38_143685_box7_Incident_Summaries_1-100
Agency: Department of War
Page 17
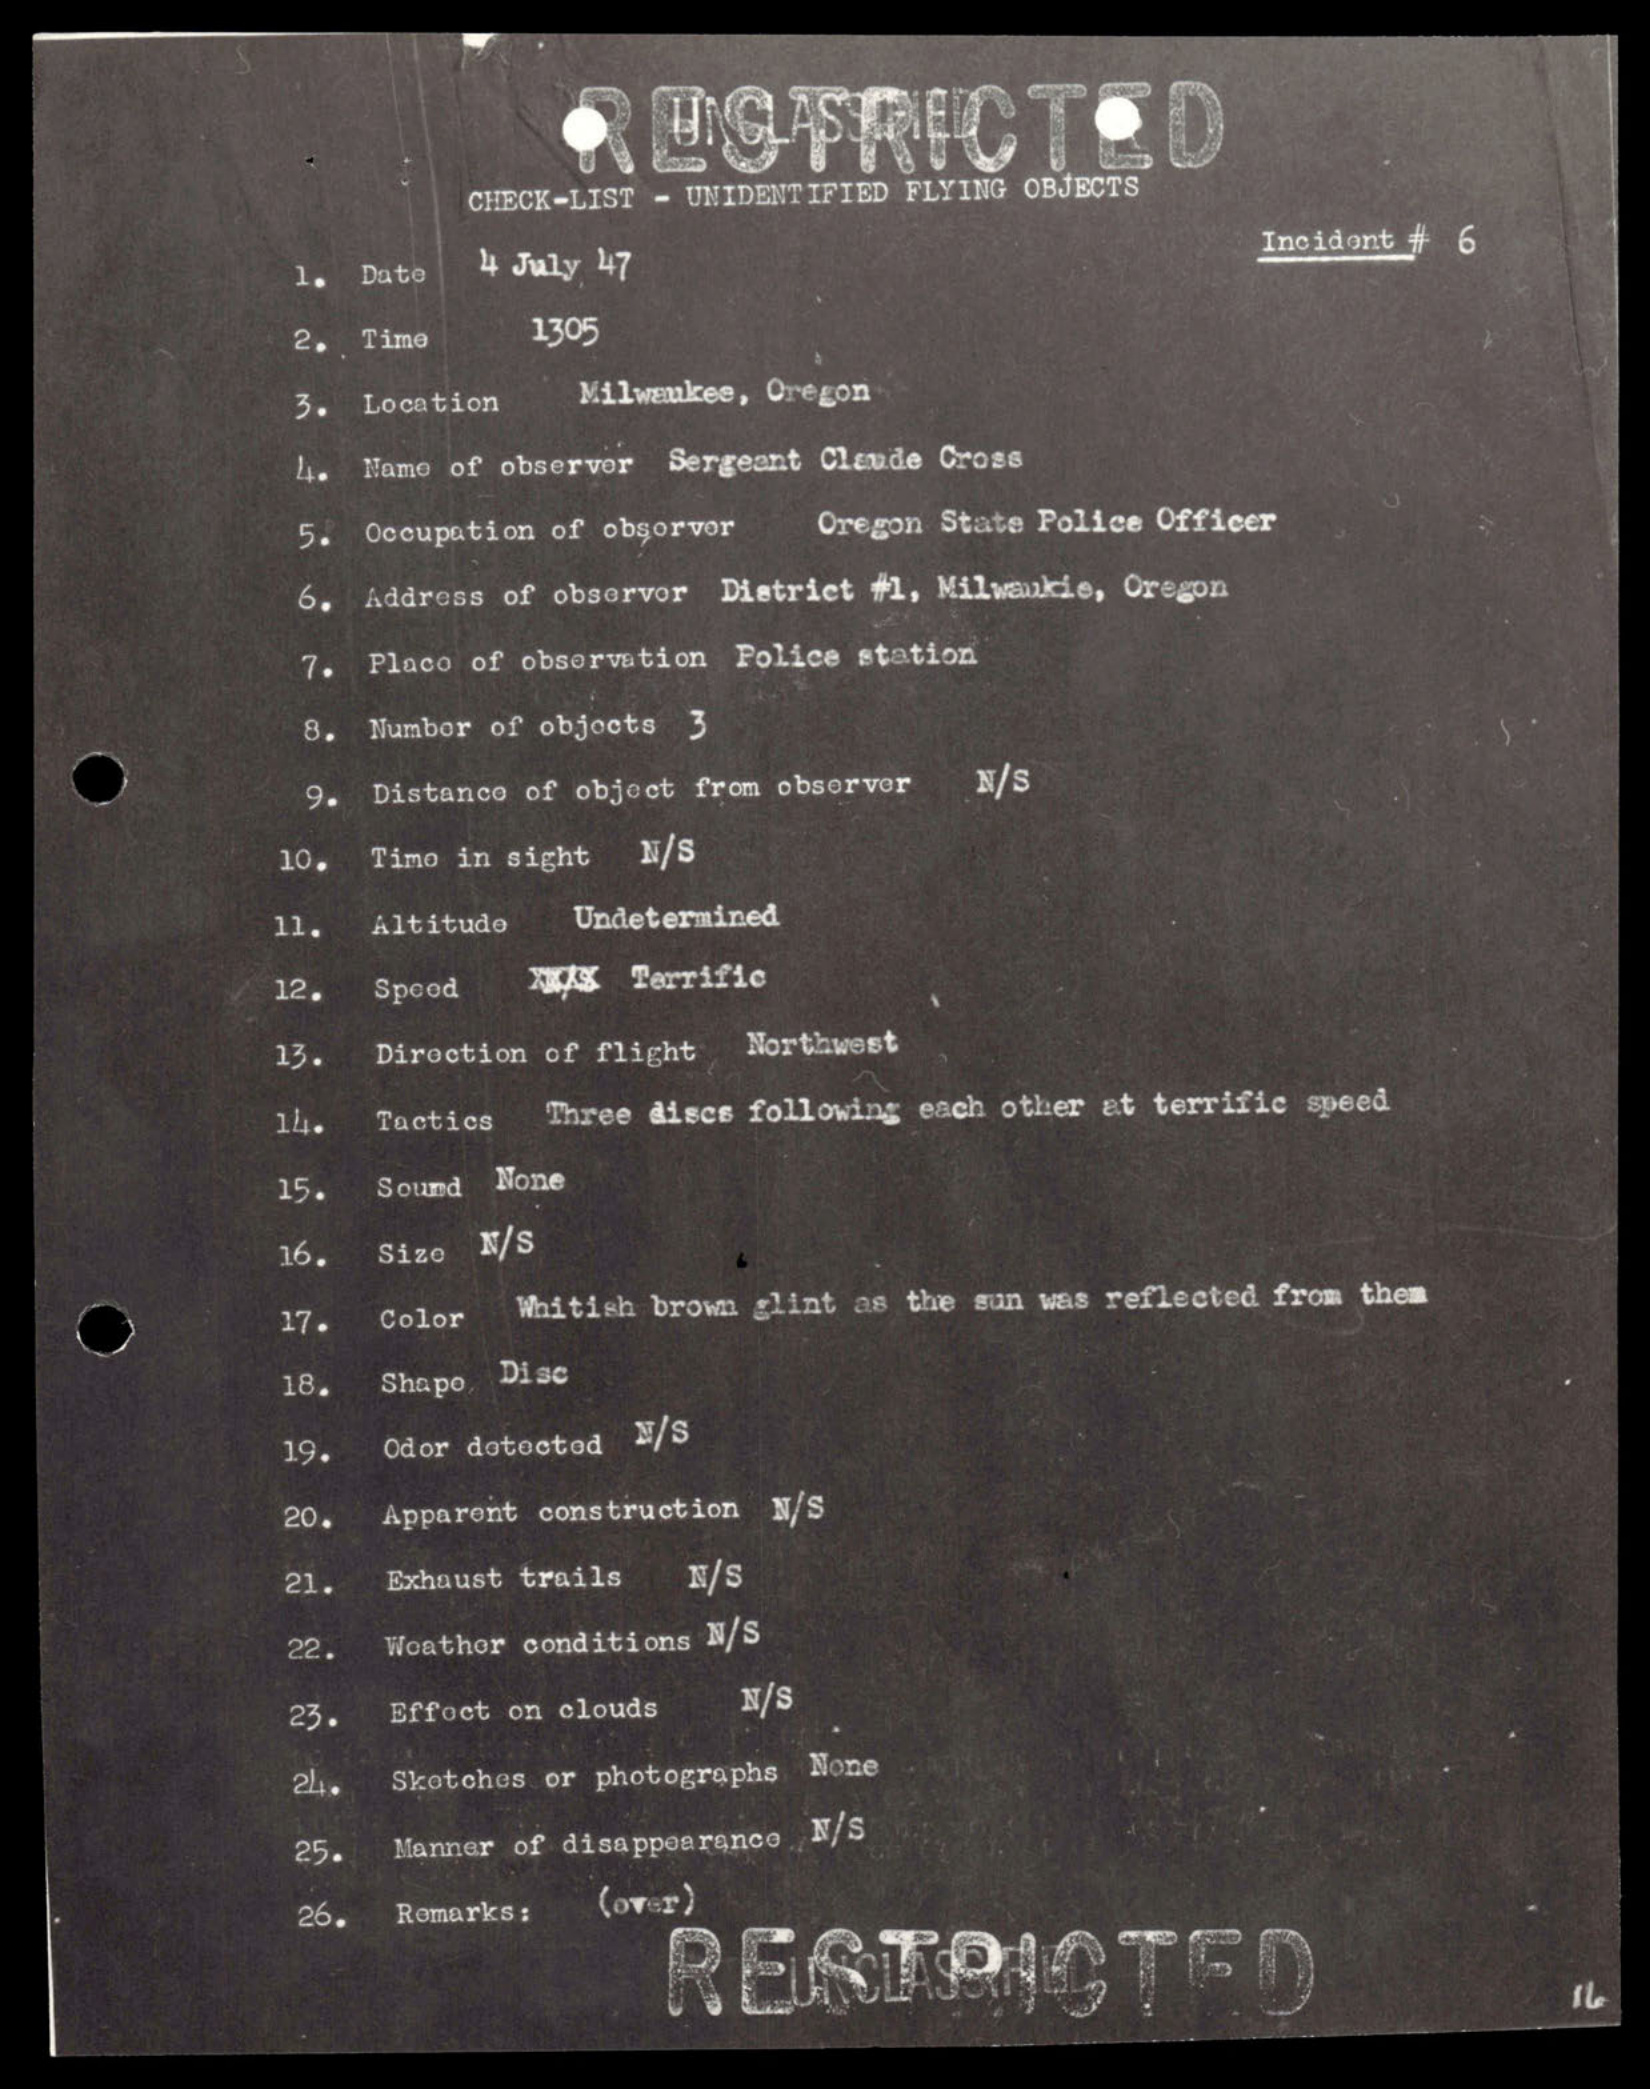